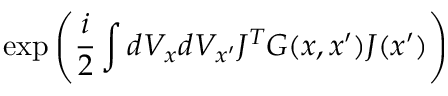
\exp \left( \frac { i } { 2 } \int d V _ { x } d V _ { x ^ { \prime } } J ^ { T } G ( x , x ^ { \prime } ) J ( x ^ { \prime } ) \right)